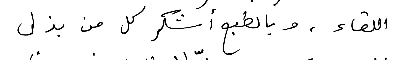
اللقاء ، وبالطبع أشكر كل من بذل